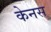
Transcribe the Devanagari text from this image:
केनस